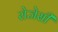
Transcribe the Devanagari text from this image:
रोजेसी